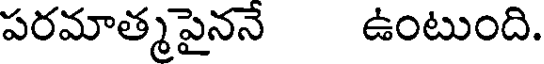
పరమాత్మపైననే ఉంటుంది.